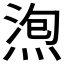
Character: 𱧖